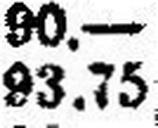
93.75